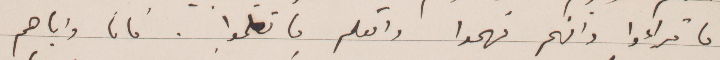
ما قراؤا وافهم فهموا واتعلم ما تعلموا. فانا واياهم